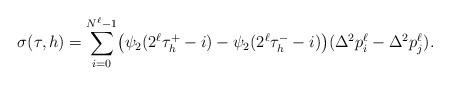
\begin{align*} \sigma(\tau,h) =\sum_{i = 0}^{N^\ell-1} \bigl(\psi_2(2^\ell\tau_h^+ -i) - \psi_2(2^\ell\tau_h^- -i) \bigr)(\Delta^2 p_i^\ell - \Delta^2 p_j^\ell) .\end{align*}